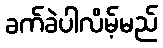
ခက်ခဲပါလိမ့်မည်